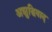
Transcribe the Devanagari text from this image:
अशुद्धिवाद